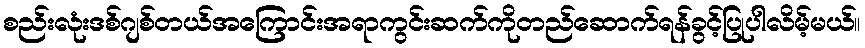
စည်းလုံးဒစ်ဂျစ်တယ်အကြောင်းအရာကွင်းဆက်ကိုတည်ဆောက်ရန်ခွင့်ပြုပါလိမ့်မယ်။